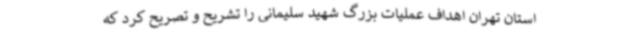
استان تهران اهداف عملیات بزرگ شهید سلیمانی را تشریح و تصریح کرد که